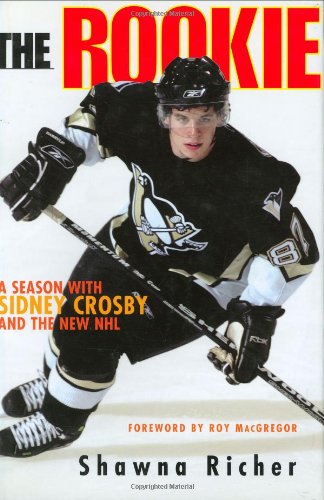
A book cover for The Rookie: A Season with Sidney Crosby and the New NHL; Shawna Richer; Biographies & Memoirs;